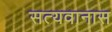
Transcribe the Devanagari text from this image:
सत्यवानास